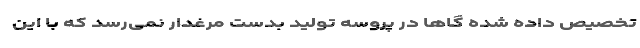
تخصیص داده شده گا‌ها در پروسه تولید بدست مرغدار نمی‌رسد که با این